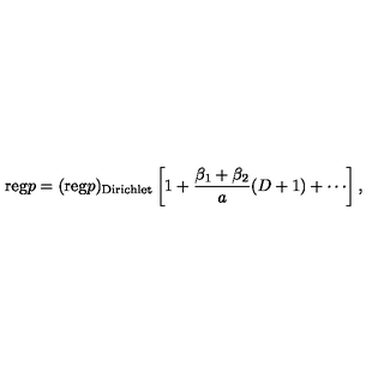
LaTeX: \mathrm { r e g } p = ( \mathrm { r e g } p ) _ { \mathrm { D i r i c h l e t } } \left[ 1 + \frac { \beta _ { 1 } + \beta _ { 2 } } { a } ( D + 1 ) + \cdots \right] ,